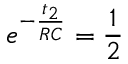
e ^ { - \frac { t _ { 2 } } { R C } } = \frac { 1 } { 2 }